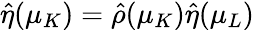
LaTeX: \hat{\eta}(\mu_{K})=\hat{\rho}(\mu_{K})\hat{\eta}(\mu_{L})